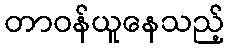
တာဝန်ယူနေသည့်